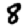
Digit: 8